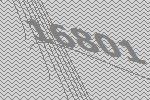
16801